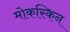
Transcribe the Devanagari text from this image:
मोकस्किन